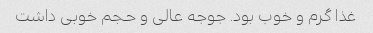
غذا گرم و خوب بود. جوجه عالی و حجم خوبی داشت